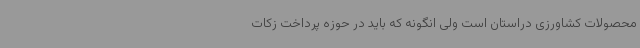
محصولات کشاورزی دراستان است ولی انگونه که باید در حوزه پرداخت زکات